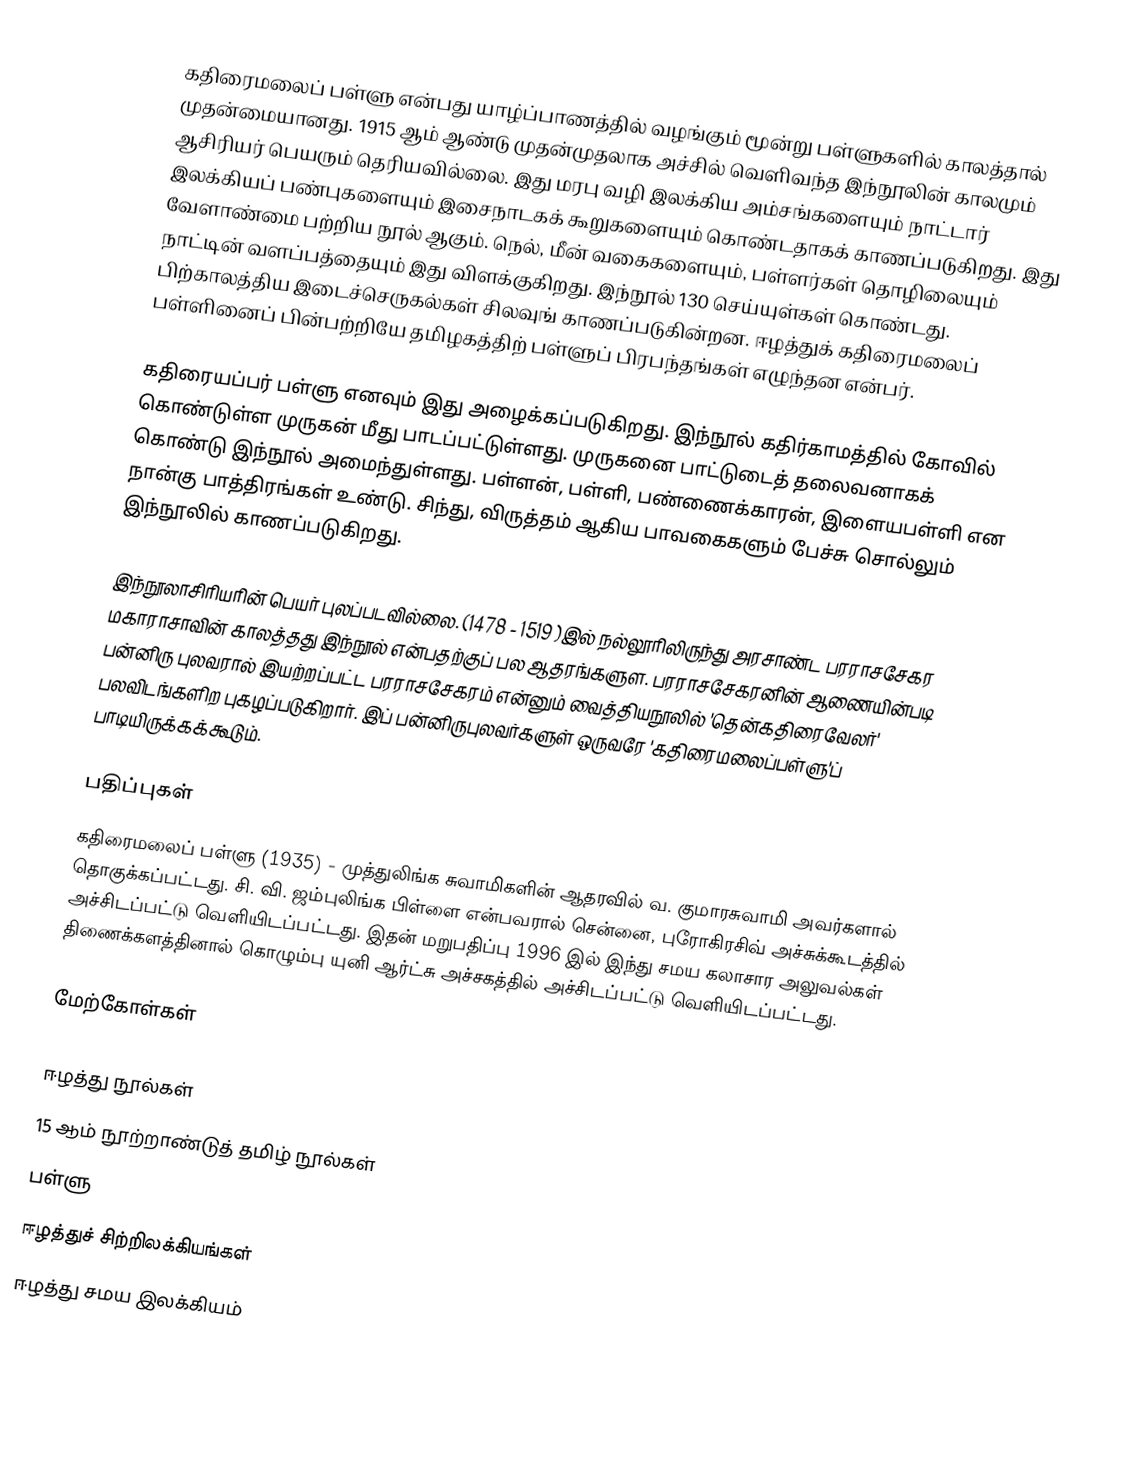
கதிரைமலைப் பள்ளு என்பது யாழ்ப்பாணத்தில் வழங்கும் மூன்று பள்ளுகளில் காலத்தால் முதன்மையானது. 1915 ஆம் ஆண்டு முதன்முதலாக அச்சில் வெளிவந்த இந்நூலின் காலமும் ஆசிரியர் பெயரும் தெரியவில்லை. இது மரபு வழி இலக்கிய அம்சங்களையும் நாட்டார் இலக்கியப் பண்புகளையும்  இசைநாடகக் கூறுகளையும் கொண்டதாகக் காணப்படுகிறது. இது வேளாண்மை பற்றிய நூல் ஆகும். நெல், மீன் வகைகளையும், பள்ளர்கள் தொழிலையும் நாட்டின் வளப்பத்தையும் இது விளக்குகிறது. இந்நூல் 130 செய்யுள்கள் கொண்டது. பிற்காலத்திய இடைச்செருகல்கள் சிலவுங் காணப்படுகின்றன. ஈழத்துக் கதிரைமலைப் பள்ளினைப் பின்பற்றியே தமிழகத்திற் பள்ளுப் பிரபந்தங்கள் எழுந்தன என்பர்.

கதிரையப்பர் பள்ளு எனவும் இது அழைக்கப்படுகிறது. இந்நூல் கதிர்காமத்தில் கோவில் கொண்டுள்ள முருகன் மீது பாடப்பட்டுள்ளது. முருகனை பாட்டுடைத் தலைவனாகக் கொண்டு இந்நூல் அமைந்துள்ளது. பள்ளன், பள்ளி, பண்ணைக்காரன், இளையபள்ளி என நான்கு பாத்திரங்கள் உண்டு. சிந்து, விருத்தம்  ஆகிய பாவகைகளும் பேச்சு சொல்லும் இந்நூலில் காணப்படுகிறது.

இந்நூலாசிரியரின் பெயர் புலப்படவில்லை. (1478 - 1519 )இல் நல்லூரிலிருந்து அரசாண்ட பரராசசேகர மகாராசாவின் காலத்தது இந்நூல் என்பதற்குப் பல ஆதரங்களுள. பரராசசேகரனின் ஆணையின்படி பன்னிரு புலவரால் இயற்றப்பட்ட பரராசசேகரம் என்னும் வைத்தியநூலில் 'தென்கதிரைவேலர்' பலவிடங்களிற புகழப்படுகிறார். இப் பன்னிருபுலவர்களுள் ஒருவரே 'கதிரைமலைப்பள்ளு'ப் பாடியிருக்கக்கூடும்.

பதிப்புகள்
கதிரைமலைப் பள்ளு (1935) - முத்துலிங்க சுவாமிகளின் ஆதரவில் வ. குமாரசுவாமி அவர்களால் தொகுக்கப்பட்டது. சி. வி. ஜம்புலிங்க பிள்ளை என்பவரால் சென்னை, புரோகிரசிவ் அச்சுக்கூடத்தில் அச்சிடப்பட்டு வெளியிடப்பட்டது. இதன் மறுபதிப்பு 1996 இல் இந்து சமய கலாசார அலுவல்கள் திணைக்களத்தினால் கொழும்பு யுனி ஆர்ட்சு அச்சகத்தில் அச்சிடப்பட்டு வெளியிடப்பட்டது.

மேற்கோள்கள்

ஈழத்து நூல்கள்
15 ஆம் நூற்றாண்டுத் தமிழ் நூல்கள்
பள்ளு
ஈழத்துச் சிற்றிலக்கியங்கள்
ஈழத்து சமய இலக்கியம்